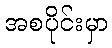
အစပိုင်းမှာ